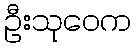
ဦးသုဝေက